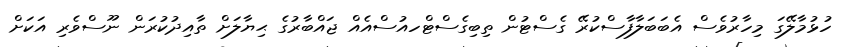
ހުޅުމާލޭގަ މިހާރުވެސް އެބަބަލާފާސްކުރޭ ގެސްޓުން ތިބިގެސްޓްހއުސްއެއް ޖައްބާރުގެ ޙިޔާލަށް ތާއިދުކުރަން ނޫސްވެރި އަކަށް